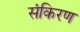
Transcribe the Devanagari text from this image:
संकिरण